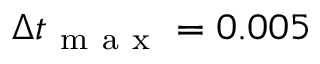
\Delta t _ { \mathrm { ~ m ~ a ~ x ~ } } = 0 . 0 0 5